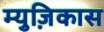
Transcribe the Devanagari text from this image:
म्युज़िकास